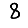
Digit: 8